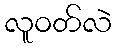
လူဝတ်လဲ